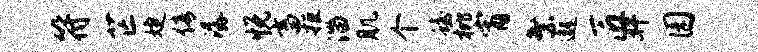
符芒婕倩潺悦畜拒淄肌个蟾枇宵繁邈匠奸园